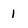
Character: 1